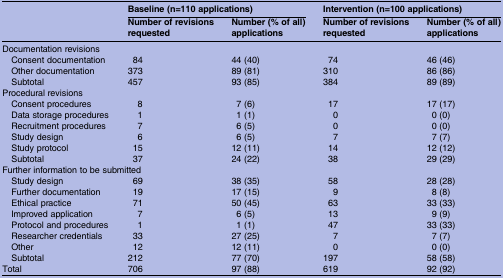
|  | <COLSPAN=2> Baseline (n=110 applications) | <COLSPAN=2> Intervention (n=100 applications) |
 |  | Number of revisions requested | Number (% of all) applications | Number of revisions requested | Number (% of all) applications |
 | --- | --- | --- | --- | --- |
 | <COLSPAN=5> Documentation revisions |
 | Consent documentation | 84 | 44 (40) | 74 | 46 (46) |
 | Other documentation | 373 | 89 (81) | 310 | 86 (86) |
 | Subtotal | 457 | 93 (85) | 384 | 89 (89) |
 | <COLSPAN=5> Procedural revisions |
 | Consent procedures | 8 | 7 (6) | 17 | 17 (17) |
 | Data storage procedures | 1 | 1 (1) | 0 | 0 (0) |
 | Recruitment procedures | 7 | 6 (5) | 0 | 0 (0) |
 | Study design | 6 | 6 (5) | 7 | 7 (7) |
 | Study protocol | 15 | 12 (11) | 14 | 12 (12) |
 | Subtotal | 37 | 24 (22) | 38 | 29 (29) |
 | <COLSPAN=5> Further information to be submitted |
 | Study design | 69 | 38 (35) | 58 | 28 (28) |
 | Further documentation | 19 | 17 (15) | 9 | 8 (8) |
 | Ethical practice | 71 | 50 (45) | 63 | 33 (33) |
 | Improved application | 7 | 6 (5) | 13 | 9 (9) |
 | Protocol and procedures | 1 | 1 (1) | 47 | 33 (33) |
 | Researcher credentials | 33 | 27 (25) | 7 | 7 (7) |
 | Other | 12 | 12 (11) | 0 | 0 (0) |
 | Subtotal | 212 | 77 (70) | 197 | 58 (58) |
 | Total | 706 | 97 (88) | 619 | 92 (92) |